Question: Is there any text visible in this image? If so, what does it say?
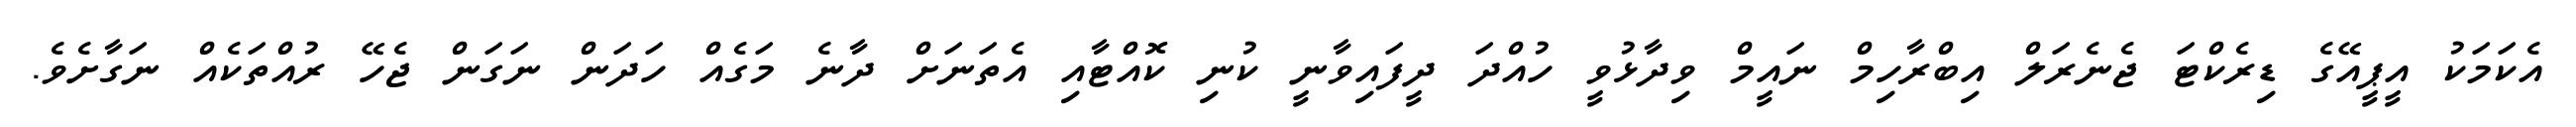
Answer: އެކަމަކު އީޕީއޭގެ ޑިރެކްޓަ ޖެނެރަލް އިބްރާހިމް ނައީމް ވިދާޅުވީ ހުއްދަ ދީފައިވާނީ ކުނި ކޮއްޓާއި އެތަނަށް ދާނެ މަގެއް ހަދަން ނަގަން ޖެހޭ ރުއްތަކެއް ނަގާށެވެ.